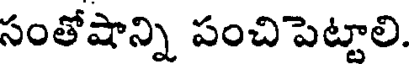
సంతోషాన్ని పంచిపెట్టాలి.